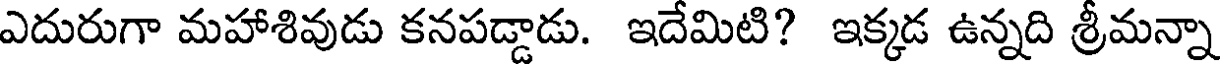
ఎదురుగా మహాశివుడు కనపడ్డాడు. ఇదేమిటి? ఇక్కడ ఉన్నది శ్రీమన్నా